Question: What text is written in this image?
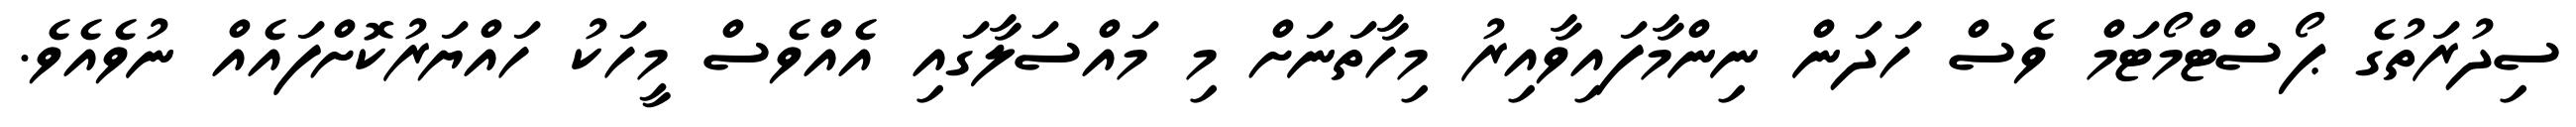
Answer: ސިދުރަތުގެ ޕޯސްޓްމޯޓަމް ވެސް ހަދަން ނިންމާފައިވާއިރު މިހާތަނަށް މި މައްސަލާގައި އެއްވެސް މީހަކު ހައްޔަރުކޮށްފައެއް ނުވެއެވެ.